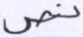
نص